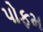
પોફમ